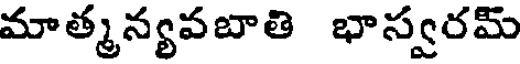
మాత్మన్యవబాతి భాస్వరమ్